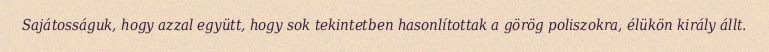
Sajátosságuk, hogy azzal együtt, hogy sok tekintetben hasonlítottak a görög poliszokra, élükön király állt.